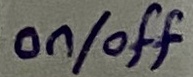
Text: on/off